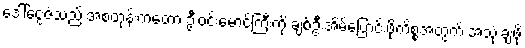
ဒေါ်ငွေဇံသည် အစတုန်းကတော့ ဦးဝင်းမောင်ကြီးကို ချစ်ဦးအိမ်ပြောင်းဖို့ကိစ္စအတွက် အသုံးချဖို့